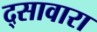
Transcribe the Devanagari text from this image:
द्सावारा